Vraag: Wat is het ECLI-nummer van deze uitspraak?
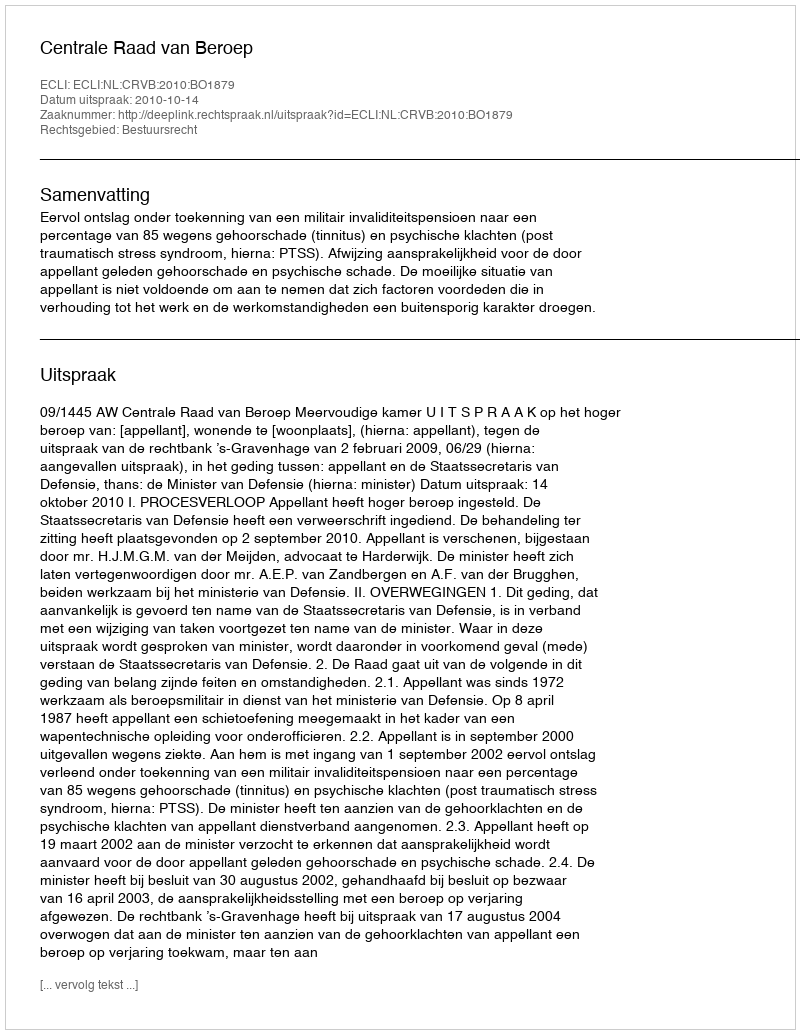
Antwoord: ECLI:NL:CRVB:2010:BO1879